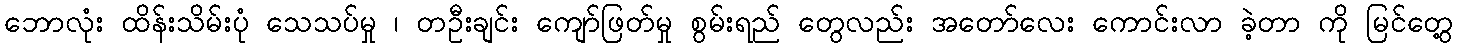
ဘောလုံး ထိန်းသိမ်းပုံ သေသပ်မှု ၊ တဦးချင်း ကျော်ဖြတ်မှု စွမ်းရည် တွေလည်း အတော်လေး ကောင်းလာ ခဲ့တာ ကို မြင်တွေ့